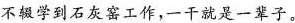
不辍学到石灰窑工作，一干就是一辈子。